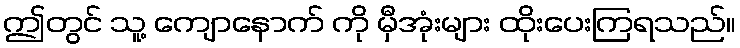
ဤတွင် သူ့ ကျောနောက် ကို မှီအုံးများ ထိုးပေးကြရသည်။